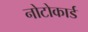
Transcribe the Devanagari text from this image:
नोटोकार्ड